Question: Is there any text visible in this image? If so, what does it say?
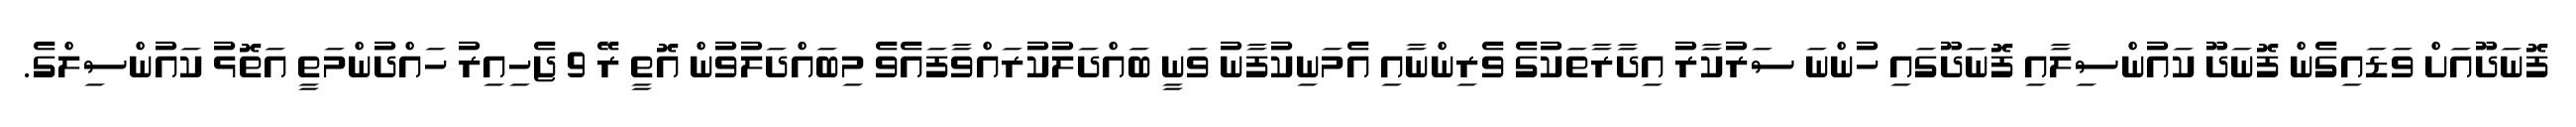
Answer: ފޮނަދޫއަށް ވަޑައިގެން ފޮނަދޫ ކައުންސިލާއި ފޮނަދޫގައި ހުންނަ ސަރުކާރު އިދާރާތަކުގެ ވެރިންނާއި އެމަނިކުފާނު ވަނީ ބައްދަލުކުރައްވާފައެވެ މިބައްދަލުވުން އޮތީ ރޭ 9 ޖެހިއިރު ހައްދުންމަތީ އަތޮޅު ކައުންސިލްގެ.